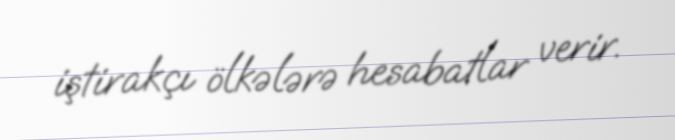
iştirakçı ölkələrə hesabatlar verir.